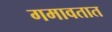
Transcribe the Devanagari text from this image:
गमावतात